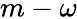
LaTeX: m-\omega